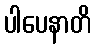
ပါပေနာတိ